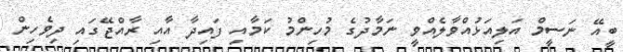
ބީއޭ ނަސީމް އަލިއަޅުއްވާލެއްވީ ނަމާދުގެ މުހިންމު ކަމާއި ފައިދާ އާއި ރާއްޖޭގައި ދިވެހިން